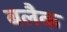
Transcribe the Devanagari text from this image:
बलैक